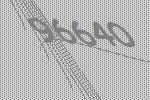
96640